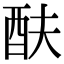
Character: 酜